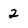
Character: 2